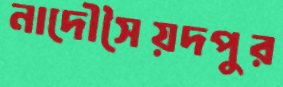
নাদৌসৈয়দপুর